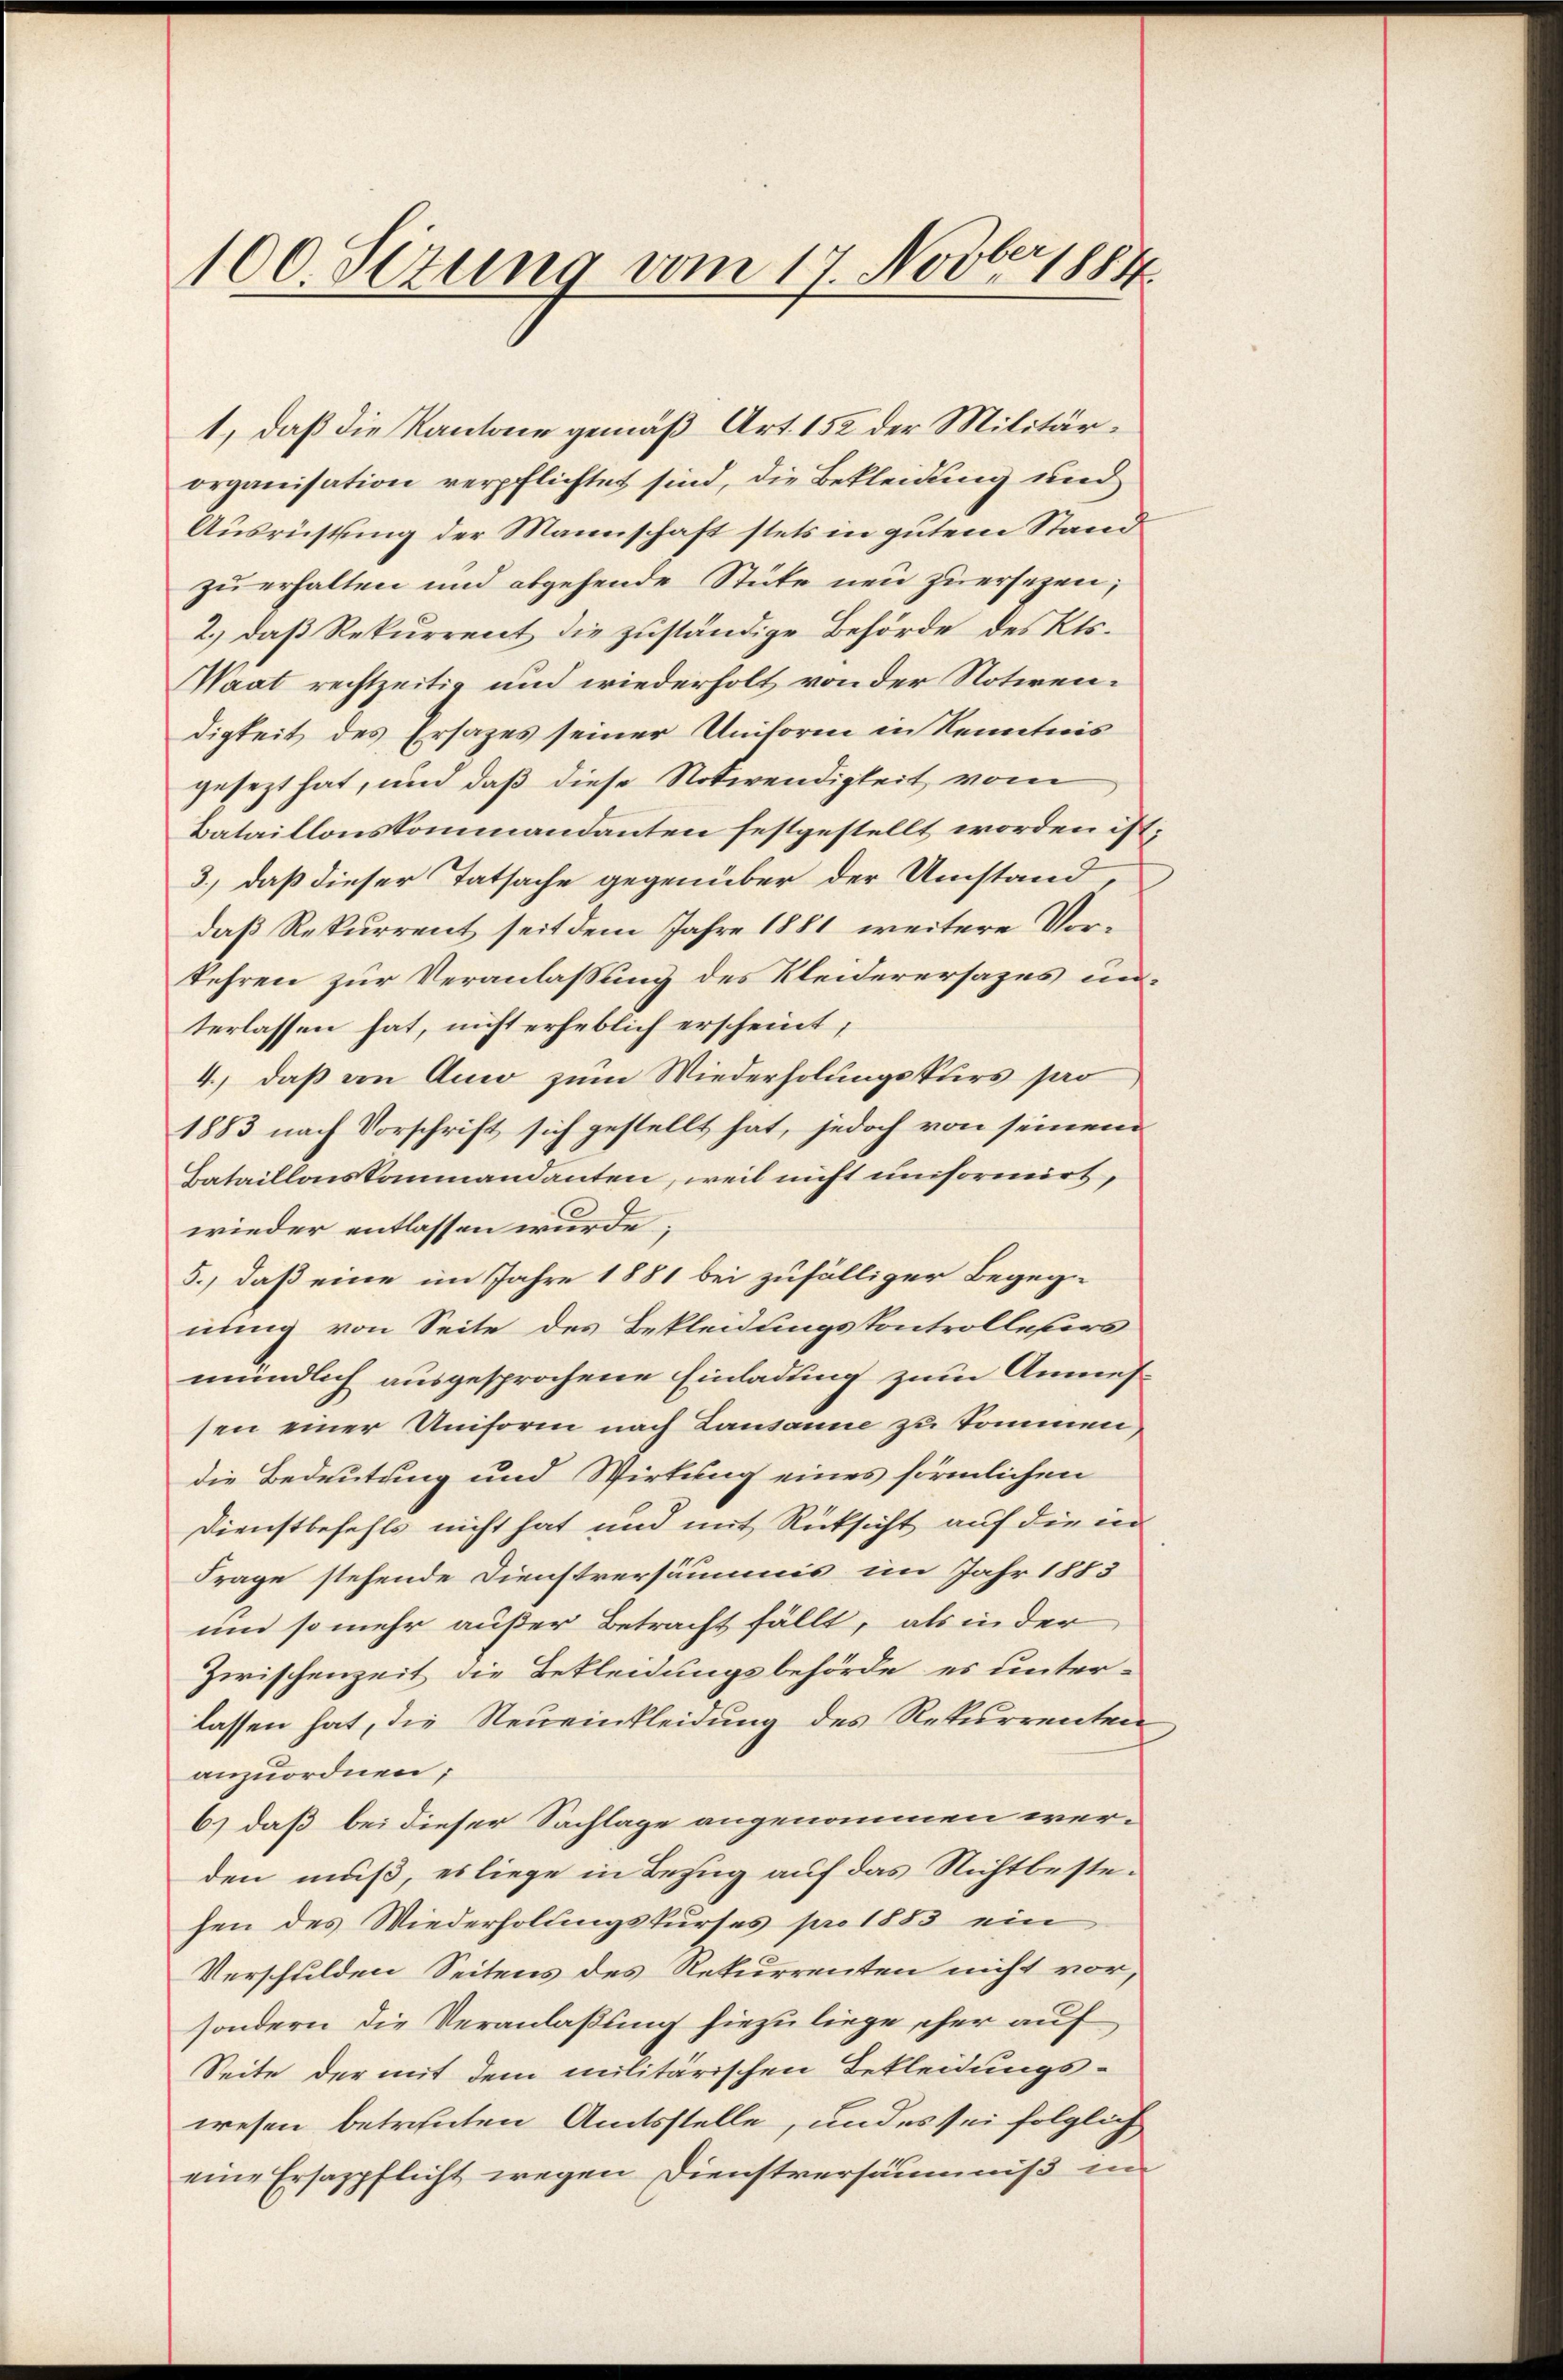
100.Otzung vom 17. Novber 1884.

1, daß die Kantone gemäß Art. 152 der Militärorganisation verpflichtet sind, die Bekleidung und
Ausrüstung der Mannschaft stets in gutem Stand
zu erhalten und abgehende Stüke neu zuersezen,
2.) daß Rekurrent die zŭständige Behörde des Kts.
Waat rechtzeitig und wiederholt von der Notirendigkeit des Ersazes seiner Uniform in Kenntnis
gesezt hat, und daß diese Notwendigkeit vom
Bataillonskommandanten festgestellt worden ist;
3., daß dieser Tatsache gegenüber der Umstand,
daß Rekurrent seit dem Jahre 1881 weitere Vorkehren zur Veranlassung des Kleiderersages unterlassen hat, nicht erheblich erscheint;
4., daß von Auw zum Wiederholungskurs pro
1883 nach Vorschrift sich gestellt hat, jedoch von seinem
Bataillonskammandanten, weil nicht uniformirt,
wieder entlassen wurde;
5., daß eine im Jahre 1881 bei zufälliger Begegnung von Seite des Bekleidungskontrolleurs
mündlich ausgesprochene Einladung zum Anmessen einer Uniform nach Lausanne zu kommen,
die Bedeutung und Wirkung eines förmlichen
Dienstbefehls nicht hat und mit Rücksicht auf die in
Frage stehende Dienstversäumis im Jahr 1883
und so mehr außer Betracht fällt, als in der
Zwischenzeit die Bekleidungsbehörde es unter-
lassen hat, die Neueinkleidung des Rekurrenten
anzuordnen;
6) daß bei dieser Sachlage angenommen werden muß, es liege in Bezug auf das Nichtbestehen des Wiederholungskurses pro 1883 ein
Verschulden Seitens des Rekurrenten nicht vor,
sondern die Veranlaßung hiezu liege eher auf
Seite der mit dem militärischen Bekleidungs-
wesen betrenten Amtsstelle, und es sei folglich
eine Ersazpflicht wegen Dienstversäumniß in